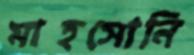
মাহসোনি